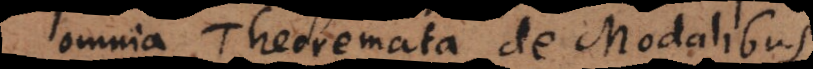
omnia Theoremata de Modalibus